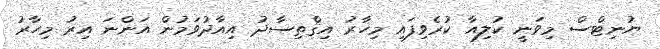
ޔުނިޓްސް މިވަނީ ކުލިއާ ކުރެވިފައި މިހާރު އިޤްތިސާދު އިއާދުވަމުން އަންނަ އިރު މިހާރު